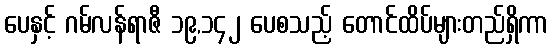
ပေနှင့် ဂမ်လန်ရာဇီ ၁၉,၁၄၂ ပေစသည့် တောင်ထိပ်များတည်ရှိကာ